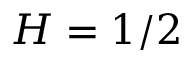
H = 1 / 2